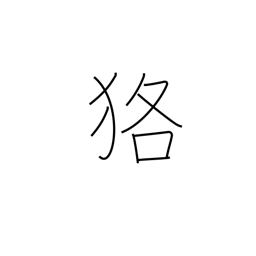
Meaning: badger